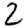
Digit: 2